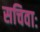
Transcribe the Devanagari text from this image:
सचिवाः